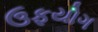
ઉફયોગ